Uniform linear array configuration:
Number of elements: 48
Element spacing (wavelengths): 1
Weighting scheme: binomial
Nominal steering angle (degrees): -30
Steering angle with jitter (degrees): -30.312
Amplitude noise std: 0.05
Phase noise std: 0.05

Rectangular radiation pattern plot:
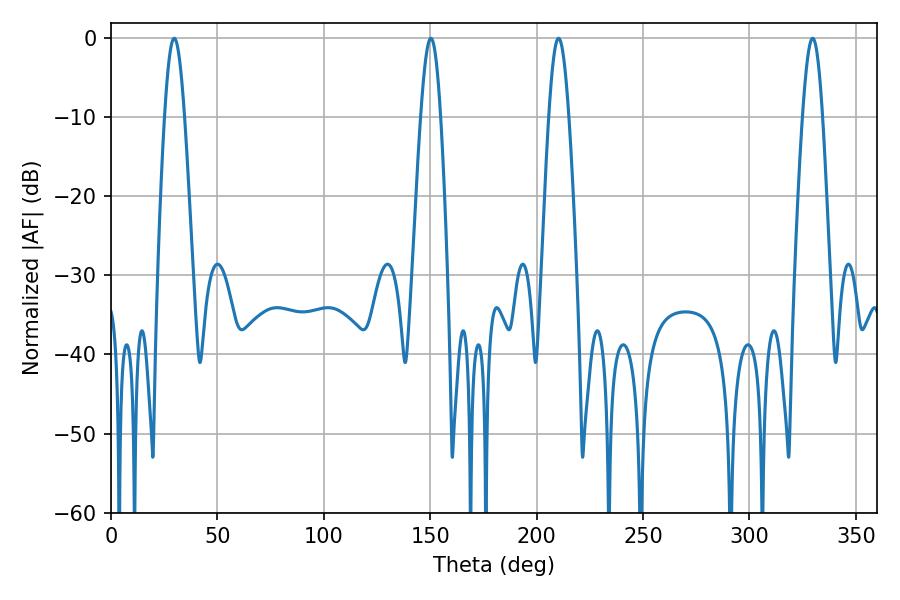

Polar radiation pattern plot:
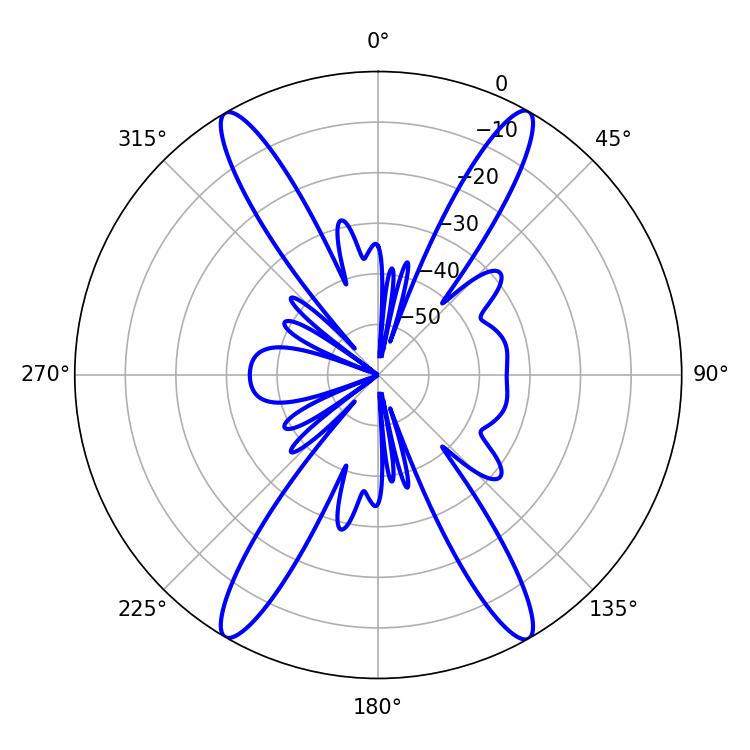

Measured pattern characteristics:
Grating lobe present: TRUE
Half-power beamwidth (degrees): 5.04
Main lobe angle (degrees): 29.7